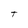
Character: t